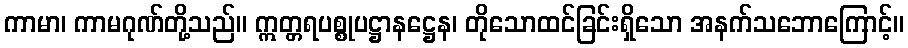
ကာမာ၊ ကာမဂုဏ်တို့သည်။ ဣတ္တရပစ္စုပဋ္ဌာနဋ္ဌေန၊ တိုသောထင်ခြင်းရှိသော အနက်သဘောကြောင့်။